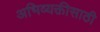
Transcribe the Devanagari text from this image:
अभिव्यक्तीसाठी